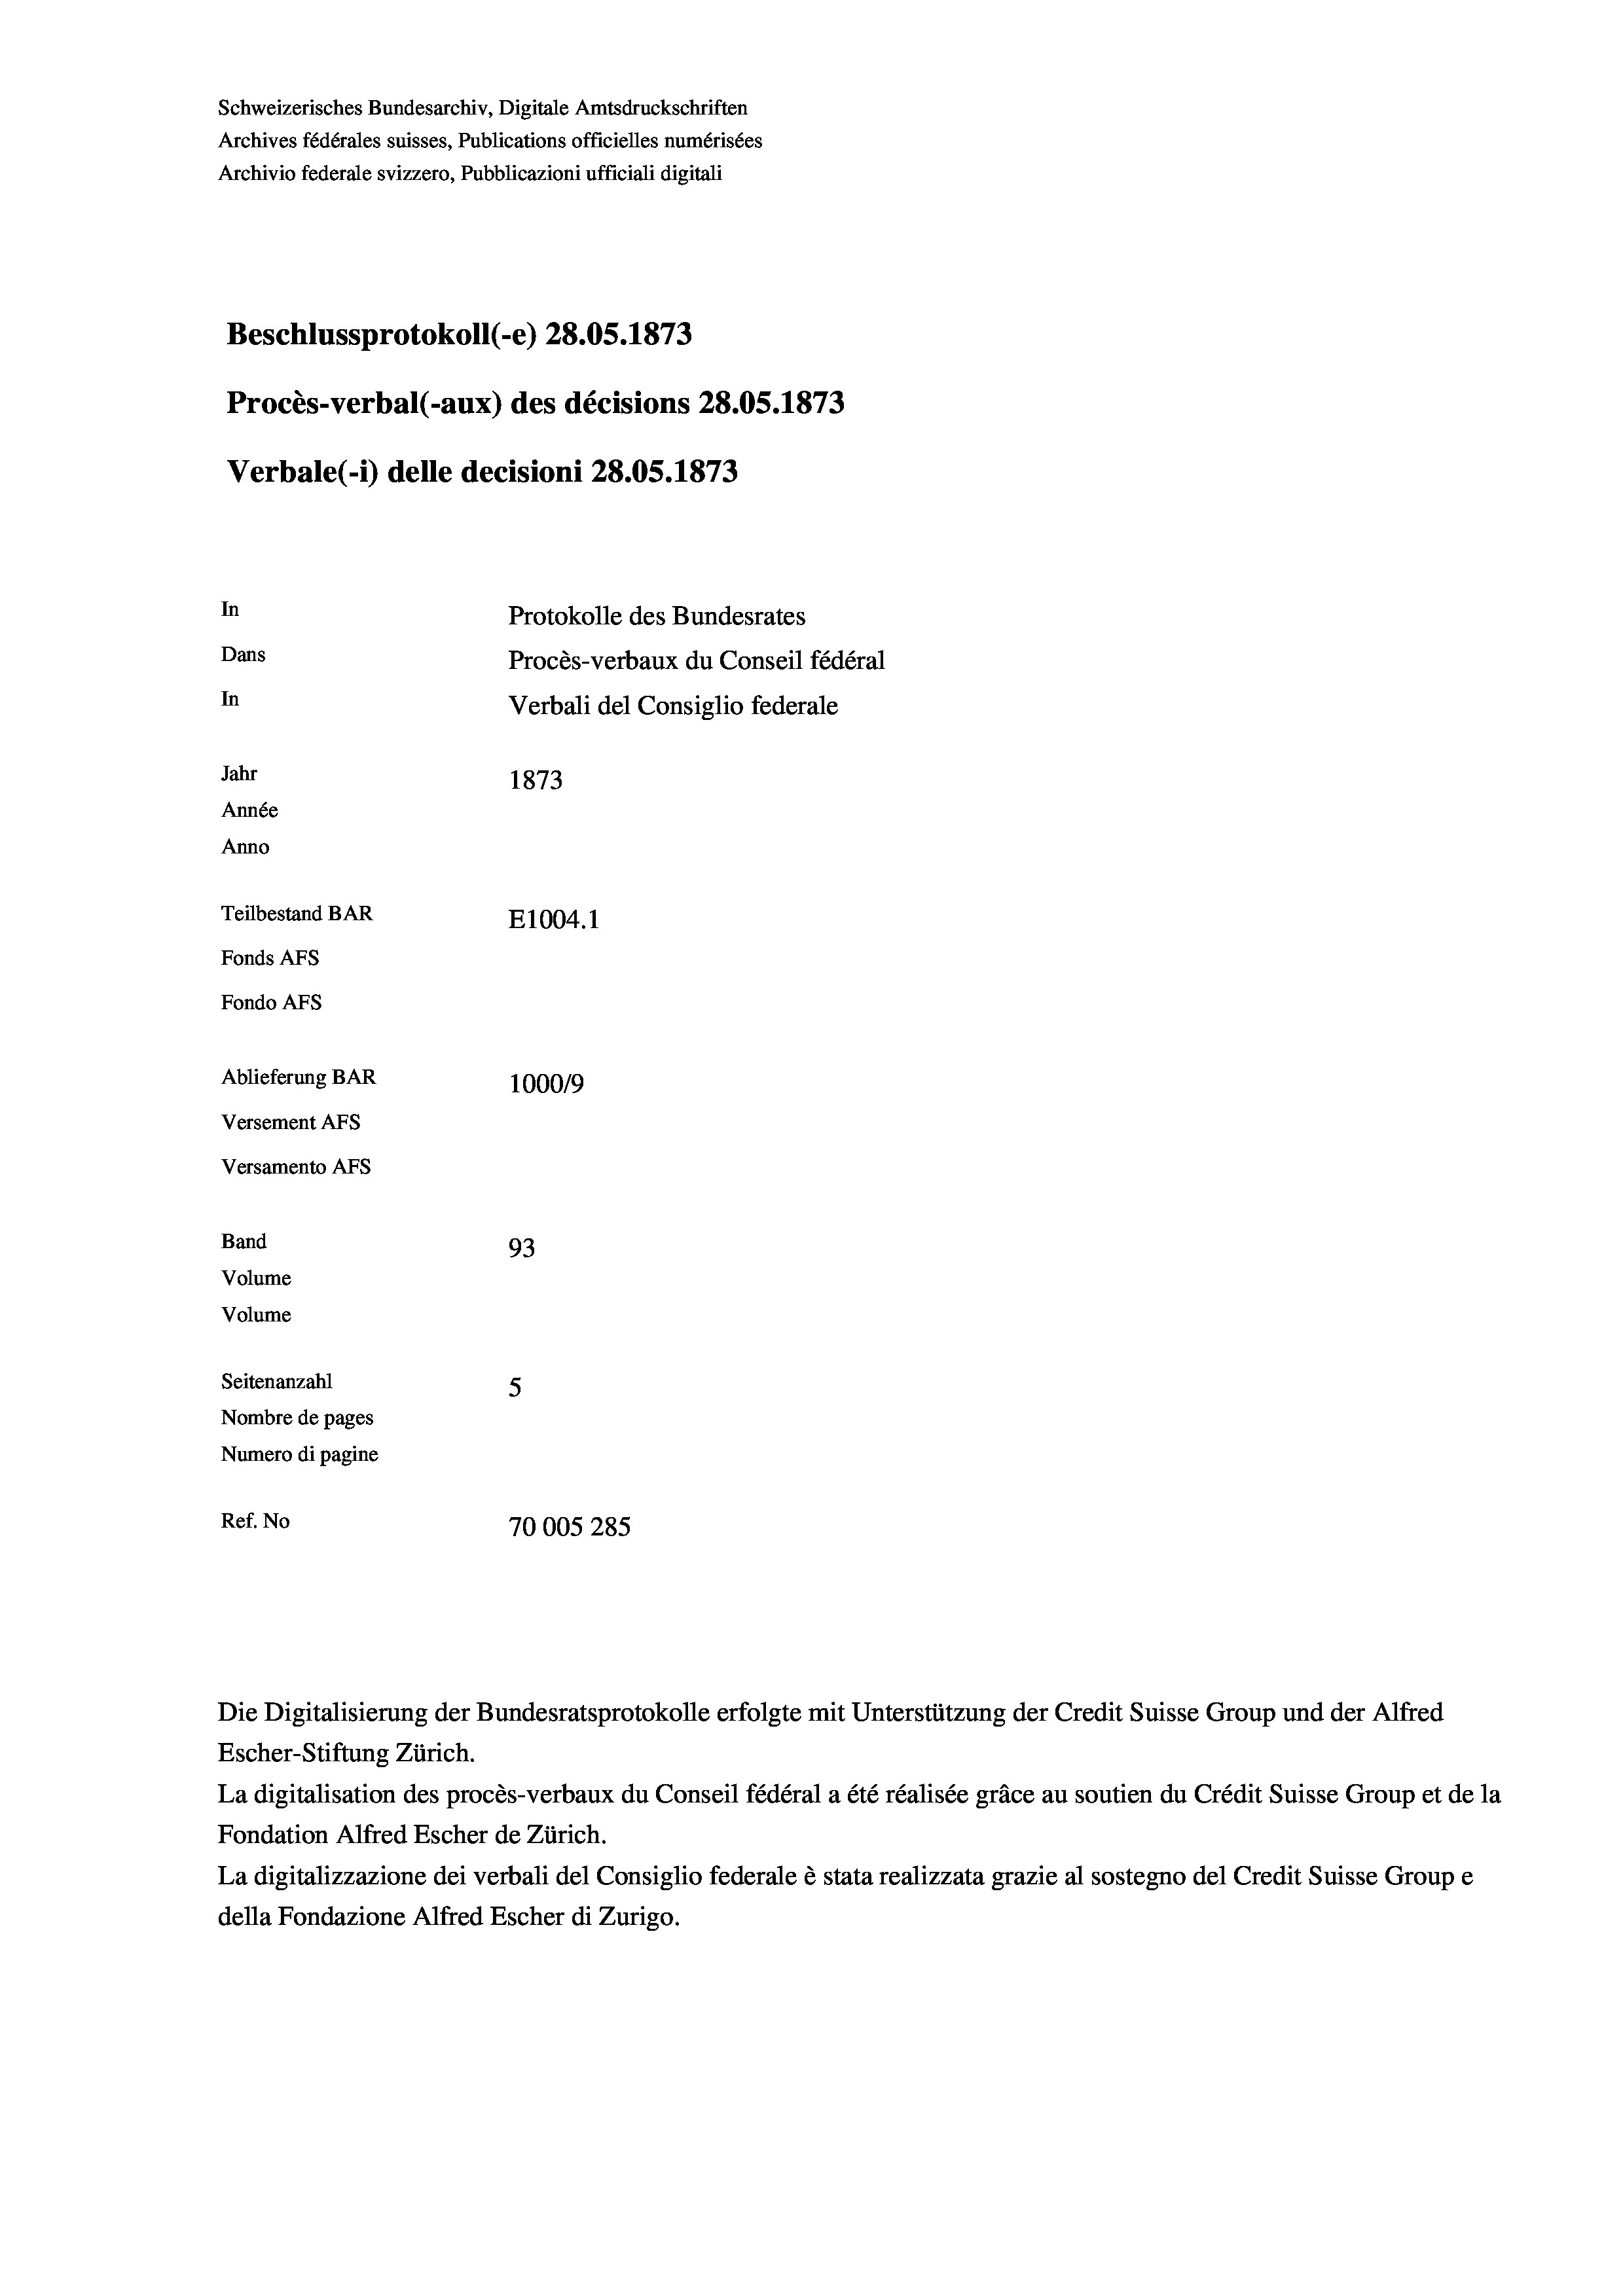
Schweizerisches Bundesarchiv, Digitale Amtsdruckschriften
Archives fédérales suisses, Publications officielles numérisées
Archivio federale svizzero, Pubblicazioni ufficiali digitali
Beschlussprotokoll (-e) 28.05. 1873
Procès-verbal (-aux) des décisions 28.05. 1873
Verbale (1) delle decisioni 28.05. 1873
In
Protokolle des Bundesrates
Dans
Procès-verbaux du Conseil fédéral
In
Verbali del Consiglio federale
Jahr
1873
Année
Anno
Teilbestand BAR
E1004. 1
Fonds AFs
Fondo AFs
Ablieferung BAR
100019
Versement AFS
Versamento Afs
Band
93
Volume
Volume
Seitenanzahl
5

Nombre de pages
Numero di pagine
Ref. No
70005 285

Escher-Stiftung Zürich.
La digitalisation des procès-verbaux du Conseil fédéral a été réalisée gräce au soutien du Crédit Suisse Group et de la
Fondation Alfred Escher de Zürich.
La digitalizzazione dei verbali del Consiglio federale è stata realizzata grazie al sostegno del Credit Suisse Groupe
della Fondazione Alfred Escher di Zurigo.

Die Digitalisierung der Bundesratsprotokolle erfolgte mit Unterstützung der Credit Suisse Group und der Alfred